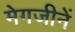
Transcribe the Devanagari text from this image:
मेगजीनें